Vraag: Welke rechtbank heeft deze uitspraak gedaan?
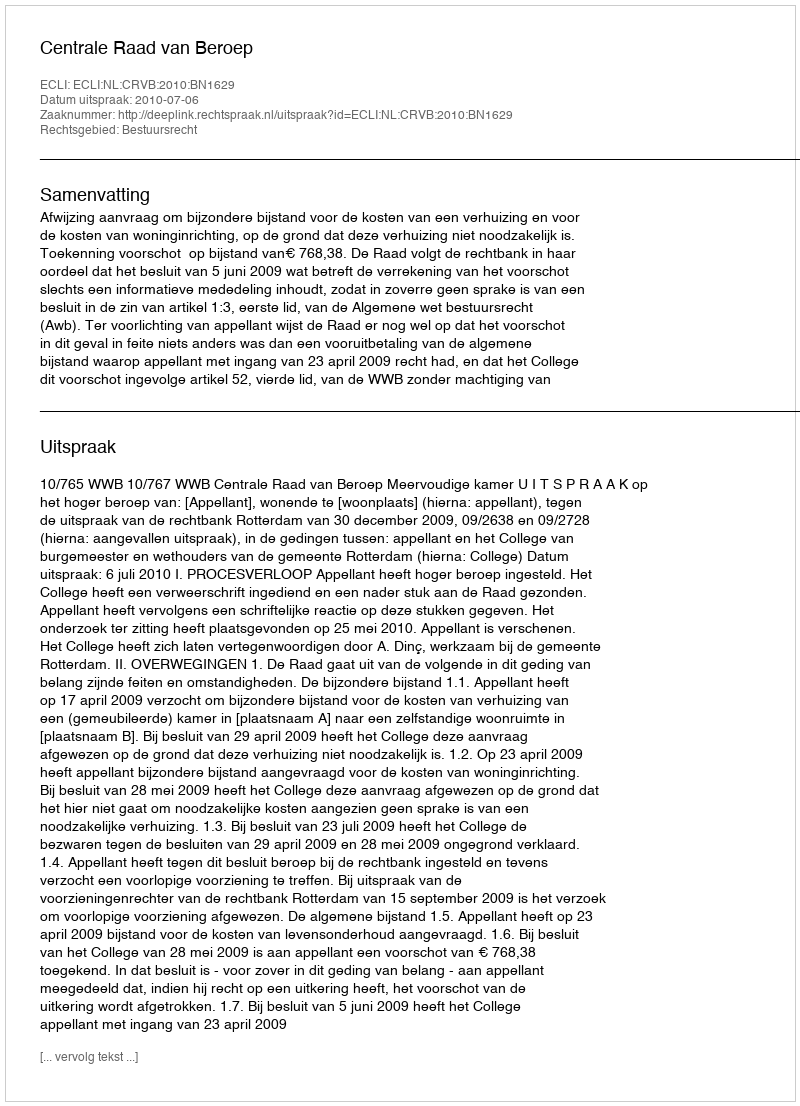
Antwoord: Centrale Raad van Beroep